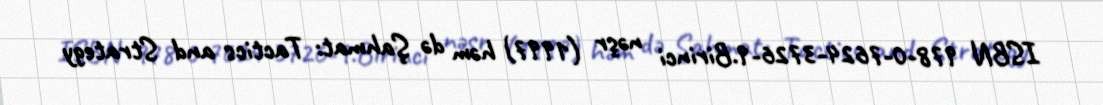
ISBN 978-0-7624-3726-9.Birinci nəşr (1997) həm də Şahmat: Tactics and Strategy